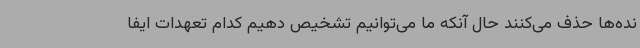
نده‌ها حذف می‌کنند حال آنکه ما می‌توانیم تشخیص دهیم کدام تعهدات ایفا